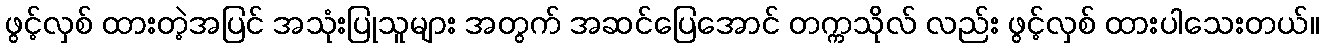
ဖွင့်လှစ် ထားတဲ့အပြင် အသုံးပြုသူများ အတွက် အဆင်ပြေအောင် တက္ကသိုလ် လည်း ဖွင့်လှစ် ထားပါသေးတယ်။